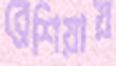
ব্রেশিয়ায়